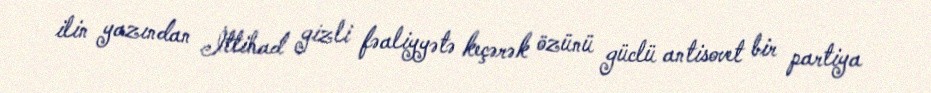
ilin yazından İttihad gizli fəaliyyətə keçərək özünü güclü antisovet bir partiya